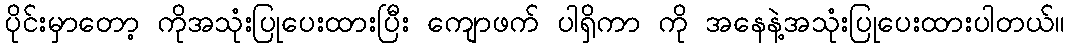
ပိုင်းမှာတော့ ကိုအသုံးပြုပေးထားပြီး ကျောဖက် ပါရှိကာ ကို အနေနဲ့အသုံးပြုပေးထားပါတယ်။